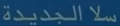
"الجديدة